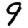
Digit: 9